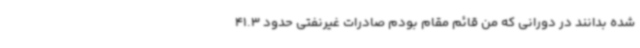
شده بدانند در دورانی که من قائم مقام بودم صادرات غیرنفتی حدود 41.3